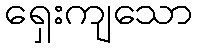
ရှေးကျသော